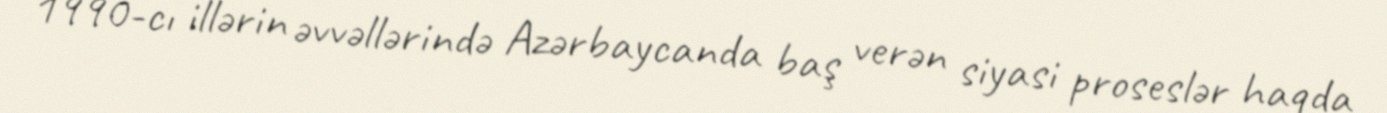
1990-cı illərin əvvəllərində Azərbaycanda baş verən siyasi proseslər haqda